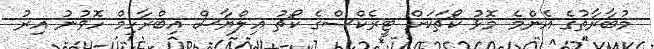
މުބާރާތުގެ އެންމެ މޮޅު ކޯޗަކަށް ޓީރެކްސްގެ ކޯޗު އިލްޔާސް އިބްރާހިމް ހޮވުނު އިރު